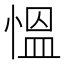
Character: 慍